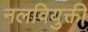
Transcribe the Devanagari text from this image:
नलवियुक्ती